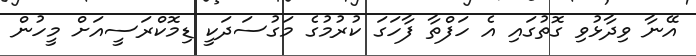
އޭނާ ވިދާޅުވި ގޮތުގައި އެ ހަފްތާ ފާހަގަ ކުރުމުގެ މަގުސަދަކީ ޑިމޮކްރަސީއަށް މީހުން